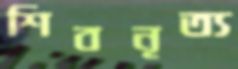
শিবনৃত্য